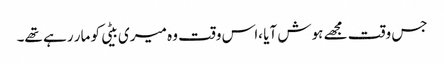
جس وقت مجھے ہوش آیا ،اس وقت وہ میری بیٹی کو مار رہے تھے۔